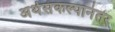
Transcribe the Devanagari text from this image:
अर्थसंकल्पानंतर